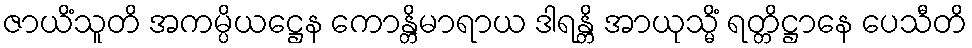
ဇာယိံသူတိ အကမ္ပိယဋ္ဌေန ကောန္တိမာရာယ ဒါရန္တိ အာယုသ္မိံ ရတ္တိဋ္ဌာနေ ပေသီတိ